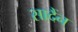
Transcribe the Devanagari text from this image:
सादैंन